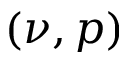
( \nu , p )